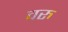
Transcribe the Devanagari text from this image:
वरु